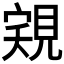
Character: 𧠽